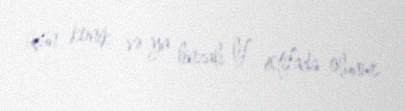
üçün konik və ya linzalı lif istifadə olunur.